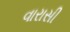
વારાસી